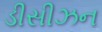
ડીસીઝન